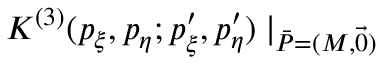
K ^ { ( 3 ) } ( p _ { \xi } , p _ { \eta } ; p _ { \xi } ^ { \prime } , p _ { \eta } ^ { \prime } ) \mid _ { \bar { P } = ( M , \vec { 0 } ) } \! \!